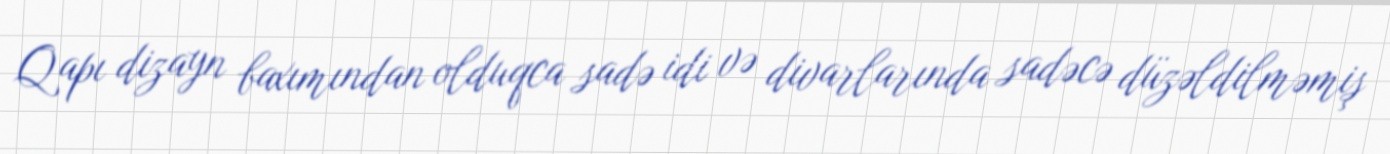
Qapı dizayn baxımından olduqca sadə idi və divarlarında sadəcə düzəldilməmiş